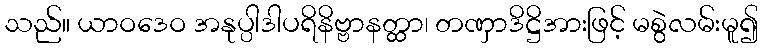
သည်။ ယာဝဒေဝ အနုပ္ပါဒါပရိနိဗ္ဗာနတ္ထာ၊ တဏှာဒိဋ္ဌိအားဖြင့် မစွဲလမ်းမူ၍